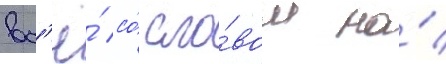
вс'ё́ со́ сло́вом на́